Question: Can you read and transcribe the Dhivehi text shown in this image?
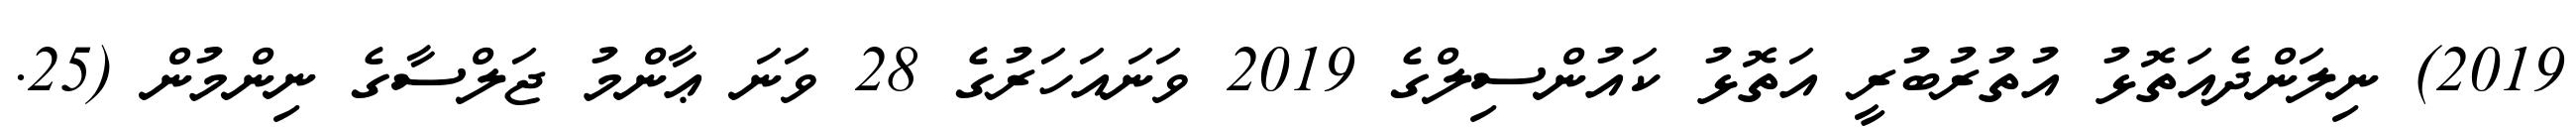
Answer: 2019) ނިލަންދެއަތޮޅު އުތުރުބުރީ އަތޮޅު ކައުންސިލްގެ 2019 ވަނައަހަރުގެ 28 ވަނަ ޢާންމު ޖަލްސާގެ ނިންމުން (25.